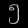
Digit: ၅